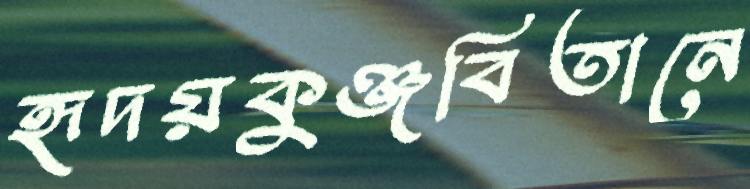
হৃদয়কুঞ্জবিতানে